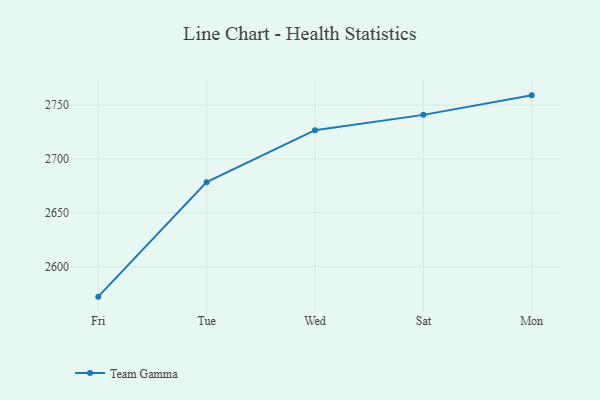
{"axis": {"x": "Day", "y": "Headcount"}, "legend": ["Team Gamma"], "data": [{"x": "Fri", "y": 2572.3, "type": "Team Gamma"}, {"x": "Tue", "y": 2678.5, "type": "Team Gamma"}, {"x": "Wed", "y": 2726.7, "type": "Team Gamma"}, {"x": "Sat", "y": 2740.9, "type": "Team Gamma"}, {"x": "Mon", "y": 2759.0, "type": "Team Gamma"}]}